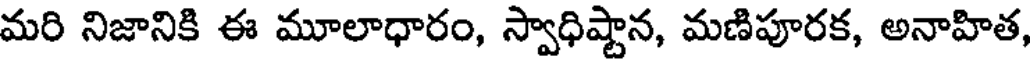
మరి నిజానికి ఈ మూలాధారం, స్వాధిష్టాన, మణిపూరక, అనాహిత,